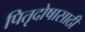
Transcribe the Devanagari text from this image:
पितृदोषासाठी